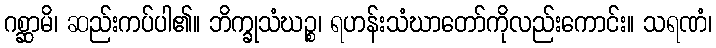
ဂစ္ဆာမိ၊ ဆည်းကပ်ပါ၏။ ဘိက္ခုသံဃဉ္စ၊ ရဟန်းသံဃာတော်ကိုလည်းကောင်း။ သရဏံ၊